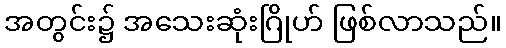
အတွင်း၌ အသေးဆုံးဂြိုဟ် ဖြစ်လာသည်။